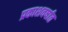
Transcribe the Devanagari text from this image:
प्रकाशवर्षात